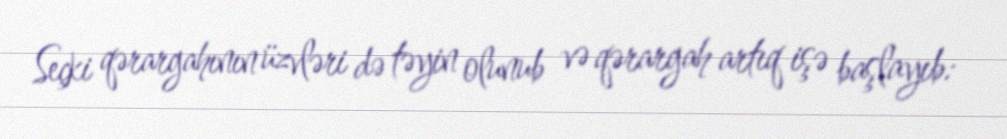
Seçki qərargahının üzvləri də təyin olunub və qərargah artıq işə başlayıb: